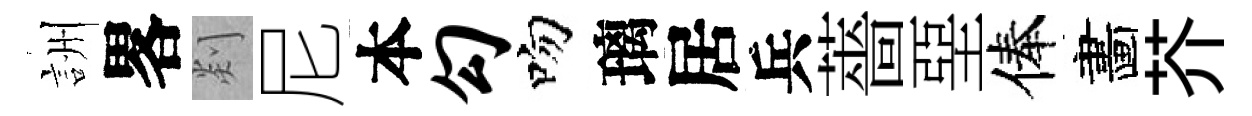
詶畧剡尼本勾吻璃居兵薔堊俸畵芥